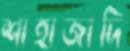
শাহাজাদি